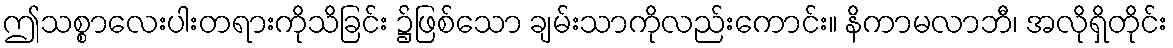
ဤသစ္စာလေးပါးတရားကိုသိခြင်း ၌ဖြစ်သော ချမ်းသာကိုလည်းကောင်း။ နိကာမလာဘီ၊ အလိုရှိတိုင်း